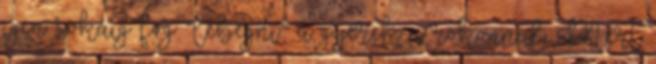
igen sokáig fog “lebegni” a gyerek a rokonnál. Mert